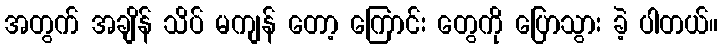
အတွက် အချိန် သိပ် မကျန် တော့ ကြောင်း တွေကို ပြောသွား ခဲ့ ပါတယ်။